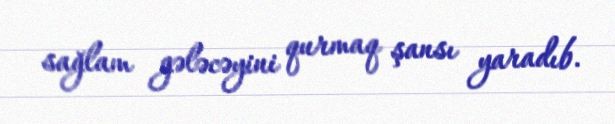
sağlam gələcəyini qurmaq şansı yaradıb.